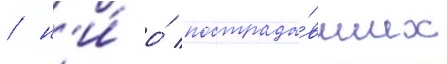
/ н'и́ о́ пострада́вших